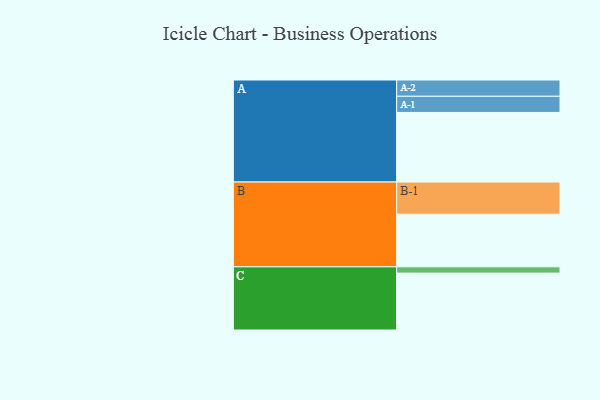
{"axis": {"x": "Segment", "y": "Value"}, "legend": ["", "A", "B", "C"], "data": [{"x": "A", "y": 586, "type": ""}, {"x": "B", "y": 443, "type": ""}, {"x": "C", "y": 479, "type": ""}, {"x": "A-1", "y": 136, "type": "A"}, {"x": "A-2", "y": 137, "type": "A"}, {"x": "B-1", "y": 271, "type": "B"}, {"x": "C-1", "y": 53, "type": "C"}]}